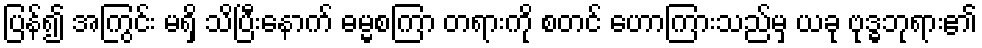
ပြန်၍ အကြွင်း မရှိ သိပြီးနောက် ဓမ္မစကြာ တရားကို စတင် ဟောကြားသည်မှ ယခု ဗုဒ္ဓဘုရား၏